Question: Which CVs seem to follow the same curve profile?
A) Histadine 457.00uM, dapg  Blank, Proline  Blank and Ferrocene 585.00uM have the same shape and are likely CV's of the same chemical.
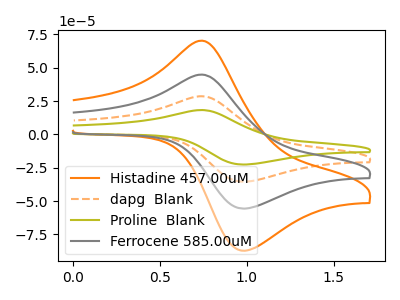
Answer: <think>The orange curve "Histadine 457.00uM" has an anodic peak at (0.75V, 70.25uA) and a cathodic peak at (1.00V, -87.30uA). The orange dashed curve "dapg  Blank" has an anodic peak at (0.75V, 89.60uA) and a cathodic peak at (1.00V, -111.35uA). The olive curve "Proline  Blank" has an anodic peak at (0.75V, 134.40uA) and a cathodic peak at (1.00V, -167.05uA). The gray curve "Ferrocene 585.00uM" has an anodic peak at (0.75V, 44.80uA) and a cathodic peak at (1.00V, -55.70uA).
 All the peaks in "Histadine 457.00uM" have a peak in "dapg  Blank" at the same potential. Every peak in "Histadine 457.00uM" is lower than every peak in "dapg  Blank". All the peaks in "Histadine 457.00uM" have a peak in "Proline  Blank" at the same potential. Every peak in "Histadine 457.00uM" is lower than every peak in "Proline  Blank". All the peaks in "Histadine 457.00uM" have a peak in "Ferrocene 585.00uM" at the same potential. Every peak in "Histadine 457.00uM" is higher than every peak in "Ferrocene 585.00uM". All the peaks in "dapg  Blank" have a peak in "Proline  Blank" at the same potential. Every peak in "dapg  Blank" is lower than every peak in "Proline  Blank". All the peaks in "dapg  Blank" have a peak in "Ferrocene 585.00uM" at the same potential. Every peak in "dapg  Blank" is higher than every peak in "Ferrocene 585.00uM". All the peaks in "Proline  Blank" have a peak in "Ferrocene 585.00uM" at the same potential. Every peak in "Proline  Blank" is higher than every peak in "Ferrocene 585.00uM".</think>
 <answer>A) "Histadine 457.00uM", "dapg  Blank", "Proline  Blank" and "Ferrocene 585.00uM" have the same shape and are likely CV's of the same chemical.</answer>
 <eval>A</eval>